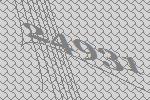
24931